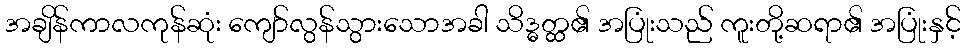
အချိန်ကာလကုန်ဆုံး ကျော်လွန်သွားသောအခါ သိဒ္ဓတ္ထ၏ အပြုံးသည် ကူးတို့ဆရာ၏ အပြုံးနှင့်